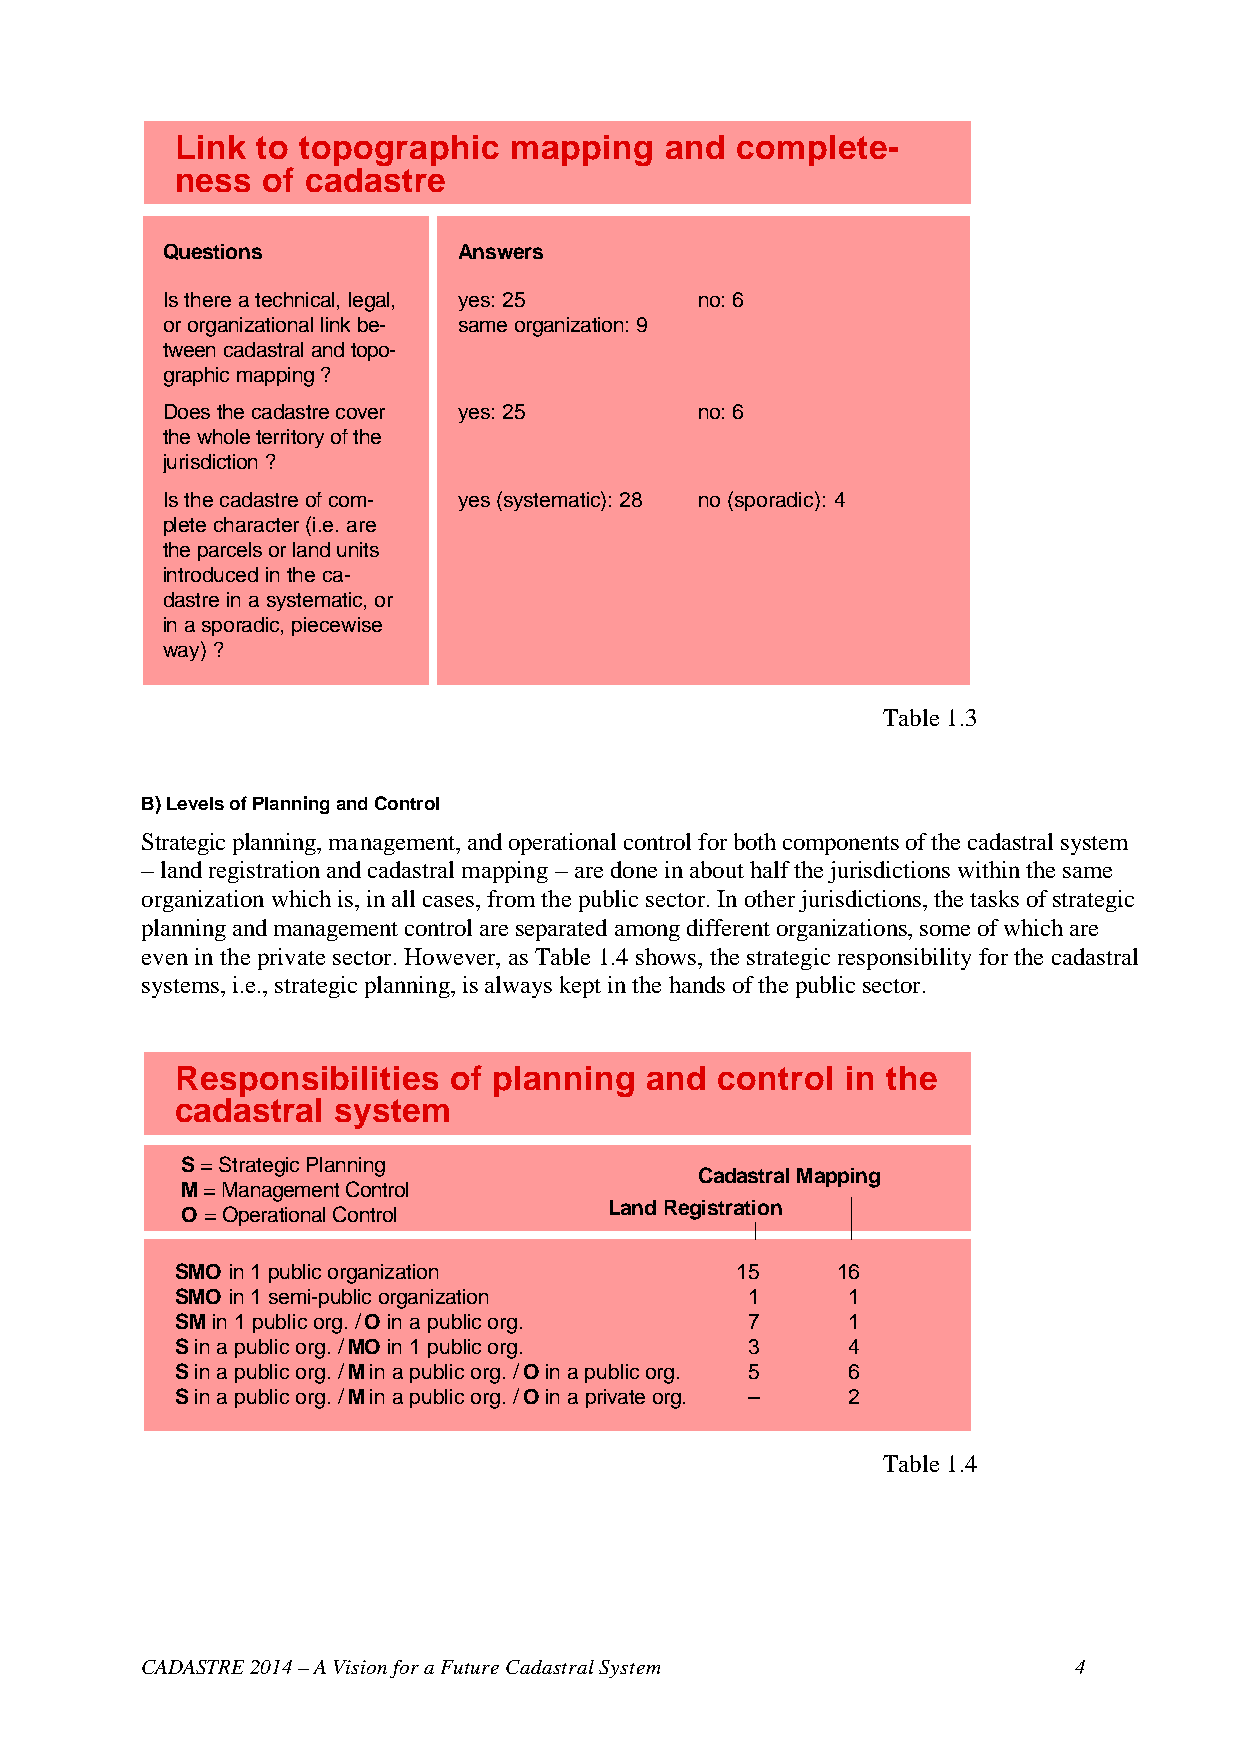
Link to topographic   mapping   and  complete-
 ness of cadastre
 Questions          Answers
 Is there a technical, legal, yes: 25 no: 6
 or organizational link be- same organization: 9
 tween cadastral and topo-
 graphic mapping ?
 Does the cadastre cover yes: 25    no: 6
 the whole territory of the
 jurisdiction ?
 Is the cadastre of com- yes (systematic): 28 no (sporadic): 4
 plete character (i.e. are
 the parcels or land units
 introduced in the ca-
 dastre in a systematic, or
 in a sporadic, piecewise
 way) ?
 Table 1.3
 B) Levels of Planning and Control
 Strategic planning, management, and operational control for both components of the cadastral system
 – land registration and cadastral mapping – are done in about half the jurisdictions within the same
 organization which is, in all cases, from the public sector. In other jurisdictions, the tasks of strategic
 planning and management control are separated among different organizations, some of which are
 even in the private sector. However, as Table 1.4 shows, the strategic responsibility for the cadastral
 systems, i.e., strategic planning, is always kept in the hands of the public sector.
 Responsibilities  of planning  and  control in the
 cadastral system
 S = Strategic Planning
 Cadastral Mapping
 M = Management Control
 Land Registration
 O = Operational Control
 SMO in 1 public organization         15    16
 SMO in 1 semi-public organization    1      1
 SM in 1 public org. / O in a public org. 7  1
 S in a public org. / MO in 1 public org. 3  4
 S in a public org. / M in a public org. / O in a public org. 5 6
 S in a public org. / M in a public org. / O in a private org. – 2
 Table 1.4
 CADASTRE 2014 – A Vision for a Future Cadastral System        4